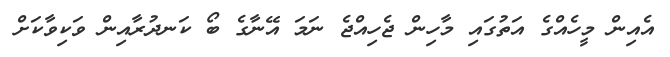
އެއިން މީހެއްގެ އަތުގައި މާހިން ޖެހިއްޖެ ނަމަ އޭނާގެ ބޯ ކަނދުރާއިން ވަކިވާކަށް